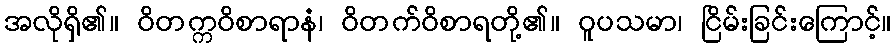
အလိုရှိ၏။ ဝိတက္ကဝိစာရာနံ၊ ဝိတက်ဝိစာရတို့၏။ ဝူပသမာ၊ ငြိမ်းခြင်းကြောင့်။